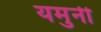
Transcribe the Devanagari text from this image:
यमुनी